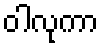
ဝါလုကာ